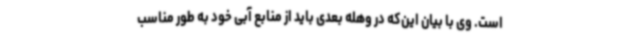
است. وی با بیان این‌که در وهله بعدی باید از منابع آبی خود به طور مناسب